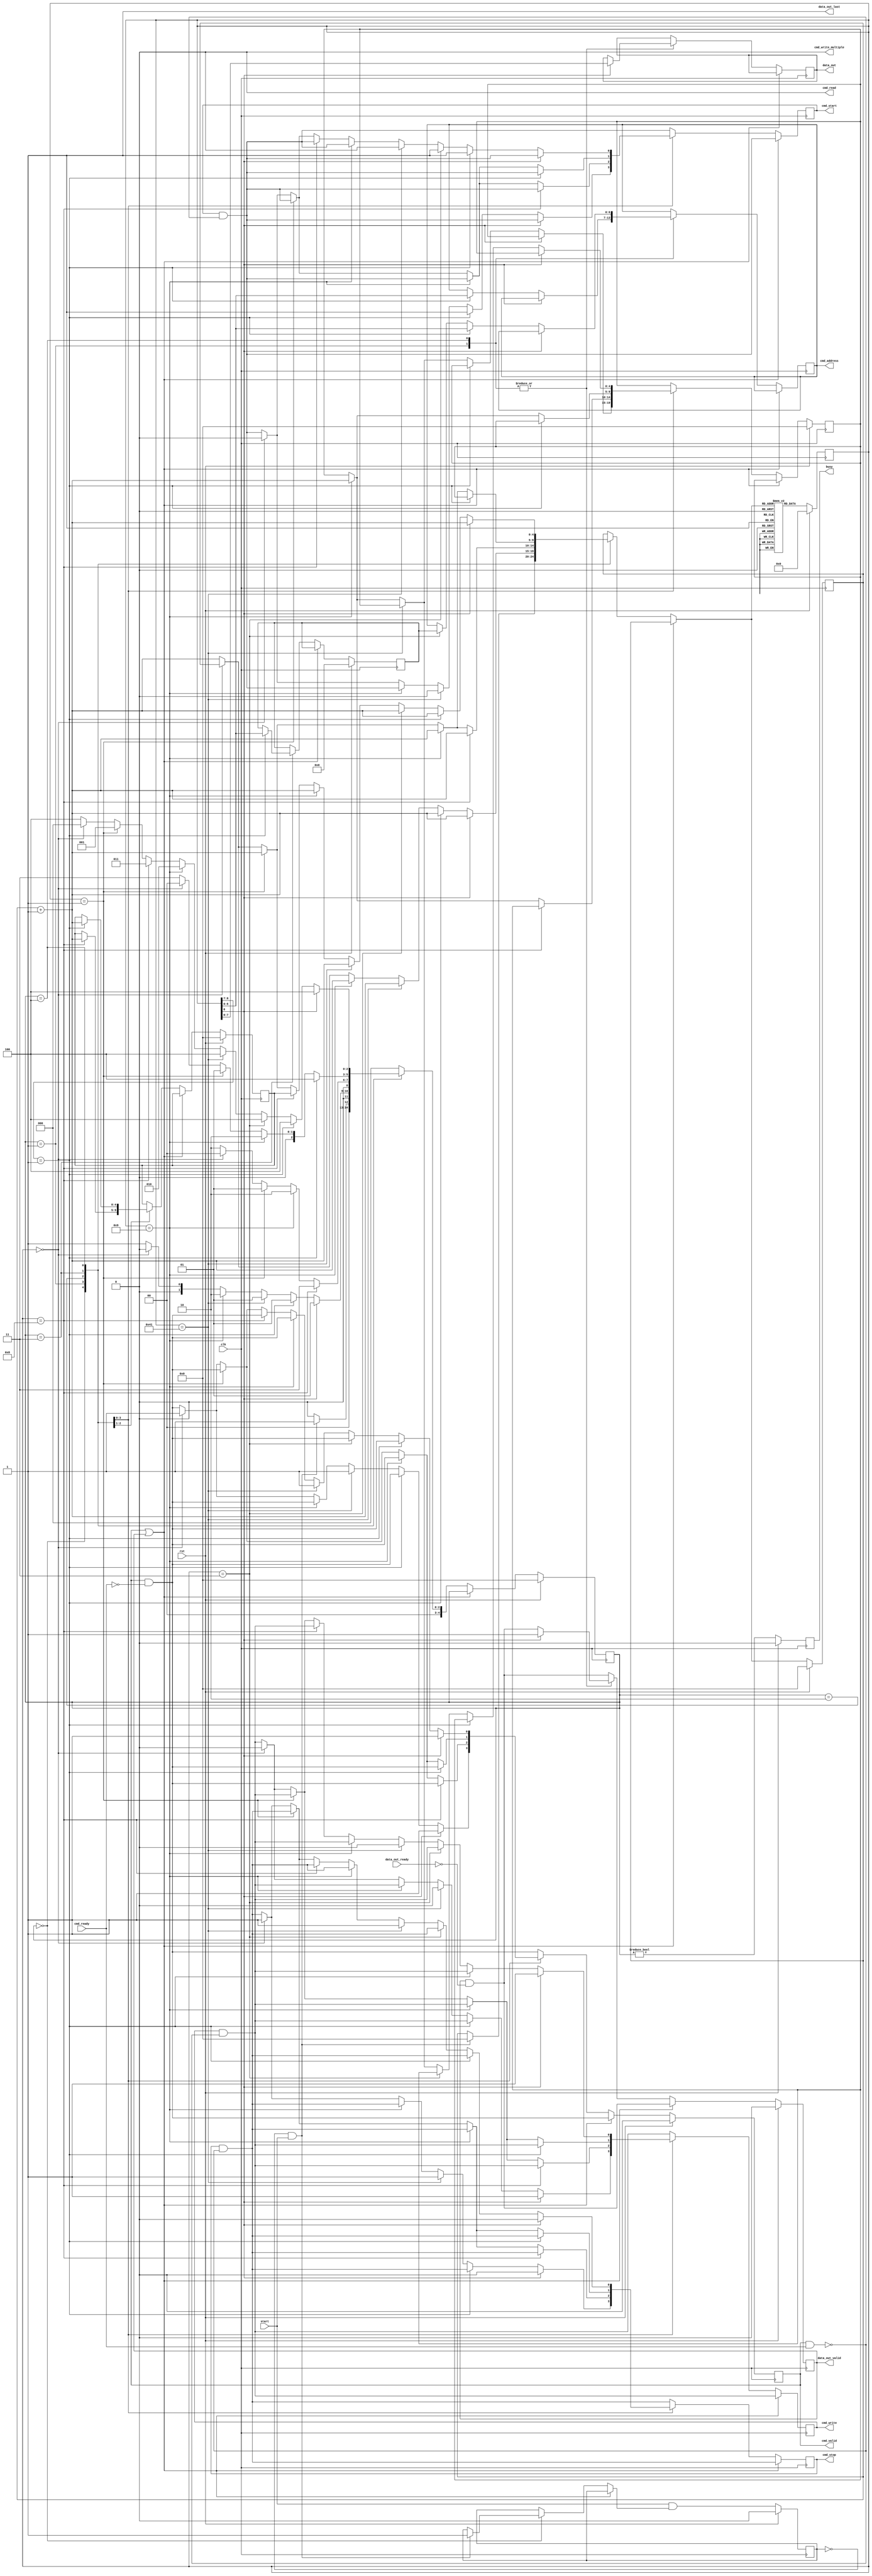
/*

Copyright (c) 2015-2017 Alex Forencich

Permission is hereby granted, free of charge, to any person obtaining a copy
of this software and associated documentation files (the "Software"), to deal
in the Software without restriction, including without limitation the rights
to use, copy, modify, merge, publish, distribute, sublicense, and/or sell
copies of the Software, and to permit persons to whom the Software is
furnished to do so, subject to the following conditions:

The above copyright notice and this permission notice shall be included in
all copies or substantial portions of the Software.

THE SOFTWARE IS PROVIDED "AS IS", WITHOUT WARRANTY OF ANY KIND, EXPRESS OR
IMPLIED, INCLUDING BUT NOT LIMITED TO THE WARRANTIES OF MERCHANTABILITY
FITNESS FOR A PARTICULAR PURPOSE AND NONINFRINGEMENT. IN NO EVENT SHALL THE
AUTHORS OR COPYRIGHT HOLDERS BE LIABLE FOR ANY CLAIM, DAMAGES OR OTHER
LIABILITY, WHETHER IN AN ACTION OF CONTRACT, TORT OR OTHERWISE, ARISING FROM,
OUT OF OR IN CONNECTION WITH THE SOFTWARE OR THE USE OR OTHER DEALINGS IN
THE SOFTWARE.

*/

// Language: Verilog 2001

`timescale 1ns / 1ps

/*
 * I2C init
 */
module i2c_init (
    input  wire        clk,
    input  wire        rst,

    /*
     * I2C master interface
     */
    output wire [6:0]  cmd_address,
    output wire        cmd_start,
    output wire        cmd_read,
    output wire        cmd_write,
    output wire        cmd_write_multiple,
    output wire        cmd_stop,
    output wire        cmd_valid,
    input  wire        cmd_ready,

    output wire [7:0]  data_out,
    output wire        data_out_valid,
    input  wire        data_out_ready,
    output wire        data_out_last,

    /*
     * Status
     */
    output wire        busy,

    /*
     * Configuration
     */
    input  wire        start
);

/*

Generic module for I2C bus initialization.  Good for use when multiple devices
on an I2C bus must be initialized on system start without intervention of a
general-purpose processor.

Copy this file and change init_data and INIT_DATA_LEN as needed.

This module can be used in two modes: simple device initalization, or multiple
device initialization.  In multiple device mode, the same initialization sequence
can be performed on multiple different device addresses.  

To use single device mode, only use the start write to address and write data commands.
The module will generate the I2C commands in sequential order.  Terminate the list
with a 0 entry.  

To use the multiple device mode, use the start data and start address block commands
to set up lists of initialization data and device addresses.  The module enters
multiple device mode upon seeing a start data block command.  The module stores the
offset of the start of the data block and then skips ahead until it reaches a start
address block command.  The module will store the offset to the address block and
read the first address in the block.  Then it will jump back to the data block
and execute it, substituting the stored address for each current address write
command.  Upon reaching the start address block command, the module will read out the
next address and start again at the top of the data block.  If the module encounters
a start data block command while looking for an address, then it will store a new data
offset and then look for a start address block command.  Terminate the list with a 0
entry.  Normal address commands will operate normally inside a data block.

Commands:

00 0000000 : stop
00 0000001 : exit multiple device mode
00 0000011 : start write to current address
00 0001000 : start address block
00 0001001 : start data block
00 1000001 : send I2C stop
01 aaaaaaa : start write to address
1 dddddddd : write 8-bit data

Examples

write 0x11223344 to register 0x0004 on device at 0x50

01 1010000  start write to 0x50
1 00000000  write address 0x0004
1 00000100
1 00010001  write data 0x11223344
1 00100010
1 00110011
1 01000100
0 00000000  stop

write 0x11223344 to register 0x0004 on devices at 0x50, 0x51, 0x52, and 0x53

00 0001001  start data block
00 0000011  start write to current address
1 00000000  write address 0x0004
1 00000100
1 00010001  write data 0x11223344
1 00100010
1 00110011
1 01000100
00 0001000  start address block
01 1010000  address 0x50
01 1010001  address 0x51
01 1010010  address 0x52
01 1010011  address 0x53
00 0000000  stop

*/

// init_data ROM
localparam INIT_DATA_LEN = 22;

reg [8:0] init_data [INIT_DATA_LEN-1:0];

initial begin
    // single address
    init_data[0]  = {2'b01, 7'h50}; // start write to address 0x50
    init_data[1]  = {1'b1, 8'h00}; // write address 0x0004
    init_data[2]  = {1'b1, 8'h04};
    init_data[3]  = {1'b1, 8'h11}; // write data 0x11223344
    init_data[4]  = {1'b1, 8'h22};
    init_data[5]  = {1'b1, 8'h33};
    init_data[6]  = {1'b1, 8'h44};
    // multiple addresses
    init_data[7]  = {2'b00, 7'b0001001}; // start data block
    init_data[8]  = {2'b00, 7'b0000011}; // start write to current address
    init_data[9]  = {1'b1, 8'h00}; // write address 0x0004
    init_data[10] = {1'b1, 8'h04};
    init_data[11] = {1'b1, 8'h11}; // write data 0x11223344
    init_data[12] = {1'b1, 8'h22};
    init_data[13] = {1'b1, 8'h33};
    init_data[14] = {1'b1, 8'h44};
    init_data[15] = {2'b00, 7'b0001000}; // start address block
    init_data[16] = {2'b01, 7'h50}; // start write to address 0x50
    init_data[17] = {2'b01, 7'h51}; // start write to address 0x51
    init_data[18] = {2'b01, 7'h52}; // start write to address 0x52
    init_data[19] = {2'b01, 7'h53}; // start write to address 0x53
    init_data[20] = 9'd1; // exit mode
    init_data[21] = 9'd0; // stop
end

localparam [3:0]
    STATE_IDLE = 3'd0,
    STATE_RUN = 3'd1,
    STATE_TABLE_1 = 3'd2,
    STATE_TABLE_2 = 3'd3,
    STATE_TABLE_3 = 3'd4;

reg [4:0] state_reg = STATE_IDLE, state_next;

parameter AW = $clog2(INIT_DATA_LEN);

reg [8:0] init_data_reg = 9'd0;

reg [AW-1:0] address_reg = {AW{1'b0}}, address_next;
reg [AW-1:0] address_ptr_reg = {AW{1'b0}}, address_ptr_next;
reg [AW-1:0] data_ptr_reg = {AW{1'b0}}, data_ptr_next;

reg [6:0] cur_address_reg = 7'd0, cur_address_next;

reg [6:0] cmd_address_reg = 7'd0, cmd_address_next;
reg cmd_start_reg = 1'b0, cmd_start_next;
reg cmd_write_reg = 1'b0, cmd_write_next;
reg cmd_stop_reg = 1'b0, cmd_stop_next;
reg cmd_valid_reg = 1'b0, cmd_valid_next;

reg [7:0] data_out_reg = 8'd0, data_out_next;
reg data_out_valid_reg = 1'b0, data_out_valid_next;

reg start_flag_reg = 1'b0, start_flag_next;

reg busy_reg = 1'b0;

assign cmd_address = cmd_address_reg;
assign cmd_start = cmd_start_reg;
assign cmd_read = 1'b0;
assign cmd_write = cmd_write_reg;
assign cmd_write_multiple = 1'b0;
assign cmd_stop = cmd_stop_reg;
assign cmd_valid = cmd_valid_reg;

assign data_out = data_out_reg;
assign data_out_valid = data_out_valid_reg;
assign data_out_last = 1'b1;

assign busy = busy_reg;

always @* begin
    state_next = STATE_IDLE;

    address_next = address_reg;
    address_ptr_next = address_ptr_reg;
    data_ptr_next = data_ptr_reg;

    cur_address_next = cur_address_reg;

    cmd_address_next = cmd_address_reg;
    cmd_start_next = cmd_start_reg & ~(cmd_valid & cmd_ready);
    cmd_write_next = cmd_write_reg & ~(cmd_valid & cmd_ready);
    cmd_stop_next = cmd_stop_reg & ~(cmd_valid & cmd_ready);
    cmd_valid_next = cmd_valid_reg & ~cmd_ready;

    data_out_next = data_out_reg;
    data_out_valid_next = data_out_valid_reg & ~data_out_ready;

    start_flag_next = start_flag_reg;

    if (cmd_valid | data_out_valid) begin
        // wait for output registers to clear
        state_next = state_reg;
    end else begin
        case (state_reg)
            STATE_IDLE: begin
                // wait for start signal
                if (~start_flag_reg & start) begin
                    address_next = {AW{1'b0}};
                    start_flag_next = 1'b1;
                    state_next = STATE_RUN;
                end else begin
                    state_next = STATE_IDLE;
                end
            end
            STATE_RUN: begin
                // process commands
                if (init_data_reg[8] == 1'b1) begin
                    // write data
                    cmd_write_next = 1'b1;
                    cmd_stop_next = 1'b0;
                    cmd_valid_next = 1'b1;

                    data_out_next = init_data_reg[7:0];
                    data_out_valid_next = 1'b1;
                    
                    address_next = address_reg + 1;
                    
                    state_next = STATE_RUN;
                end else if (init_data_reg[8:7] == 2'b01) begin
                    // write address
                    cmd_address_next = init_data_reg[6:0];
                    cmd_start_next = 1'b1;

                    address_next = address_reg + 1;
                    
                    state_next = STATE_RUN;
                end else if (init_data_reg == 9'b001000001) begin
                    // send stop
                    cmd_write_next = 1'b0;
                    cmd_start_next = 1'b0;
                    cmd_stop_next = 1'b1;
                    cmd_valid_next = 1'b1;

                    address_next = address_reg + 1;

                    state_next = STATE_RUN;
                end else if (init_data_reg == 9'b000001001) begin
                    // data table start
                    data_ptr_next = address_reg + 1;
                    address_next = address_reg + 1;
                    state_next = STATE_TABLE_1;
                end else if (init_data_reg == 9'd0) begin
                    // stop
                    cmd_start_next = 1'b0;
                    cmd_write_next = 1'b0;
                    cmd_stop_next = 1'b1;
                    cmd_valid_next = 1'b1;

                    state_next = STATE_IDLE;
                end else begin
                    // invalid command, skip
                    address_next = address_reg + 1;
                    state_next = STATE_RUN;
                end
            end
            STATE_TABLE_1: begin
                // find address table start
                if (init_data_reg == 9'b000001000) begin
                    // address table start
                    address_ptr_next = address_reg + 1;
                    address_next = address_reg + 1;
                    state_next = STATE_TABLE_2;
                end else if (init_data_reg == 9'b000001001) begin
                    // data table start
                    data_ptr_next = address_reg + 1;
                    address_next = address_reg + 1;
                    state_next = STATE_TABLE_1;
                end else if (init_data_reg == 1) begin
                    // exit mode
                    address_next = address_reg + 1;
                    state_next = STATE_RUN;
                end else if (init_data_reg == 9'd0) begin
                    // stop
                    cmd_start_next = 1'b0;
                    cmd_write_next = 1'b0;
                    cmd_stop_next = 1'b1;
                    cmd_valid_next = 1'b1;

                    state_next = STATE_IDLE;
                end else begin
                    // invalid command, skip
                    address_next = address_reg + 1;
                    state_next = STATE_TABLE_1;
                end
            end
            STATE_TABLE_2: begin
                // find next address
                if (init_data_reg[8:7] == 2'b01) begin
                    // write address command
                    // store address and move to data table
                    cur_address_next = init_data_reg[6:0];
                    address_ptr_next = address_reg + 1;
                    address_next = data_ptr_reg;
                    state_next = STATE_TABLE_3;
                end else if (init_data_reg == 9'b000001001) begin
                    // data table start
                    data_ptr_next = address_reg + 1;
                    address_next = address_reg + 1;
                    state_next = STATE_TABLE_1;
                end else if (init_data_reg == 9'd1) begin
                    // exit mode
                    address_next = address_reg + 1;
                    state_next = STATE_RUN;
                end else if (init_data_reg == 9'd0) begin
                    // stop
                    cmd_start_next = 1'b0;
                    cmd_write_next = 1'b0;
                    cmd_stop_next = 1'b1;
                    cmd_valid_next = 1'b1;

                    state_next = STATE_IDLE;
                end else begin
                    // invalid command, skip
                    address_next = address_reg + 1;
                    state_next = STATE_TABLE_2;
                end
            end
            STATE_TABLE_3: begin
                // process data table with selected address
                if (init_data_reg[8] == 1'b1) begin
                    // write data
                    cmd_write_next = 1'b1;
                    cmd_stop_next = 1'b0;
                    cmd_valid_next = 1'b1;

                    data_out_next = init_data_reg[7:0];
                    data_out_valid_next = 1'b1;

                    address_next = address_reg + 1;

                    state_next = STATE_TABLE_3;
                end else if (init_data_reg[8:7] == 2'b01) begin
                    // write address
                    cmd_address_next = init_data_reg[6:0];
                    cmd_start_next = 1'b1;

                    address_next = address_reg + 1;

                    state_next = STATE_TABLE_3;
                end else if (init_data_reg == 9'b000000011) begin
                    // write current address
                    cmd_address_next = cur_address_reg;
                    cmd_start_next = 1'b1;

                    address_next = address_reg + 1;

                    state_next = STATE_TABLE_3;
                end else if (init_data_reg == 9'b001000001) begin
                    // send stop
                    cmd_write_next = 1'b0;
                    cmd_start_next = 1'b0;
                    cmd_stop_next = 1'b1;
                    cmd_valid_next = 1'b1;

                    address_next = address_reg + 1;

                    state_next = STATE_TABLE_3;
                end else if (init_data_reg == 9'b000001001) begin
                    // data table start
                    data_ptr_next = address_reg + 1;
                    address_next = address_reg + 1;
                    state_next = STATE_TABLE_1;
                end else if (init_data_reg == 9'b000001000) begin
                    // address table start
                    address_next = address_ptr_reg;
                    state_next = STATE_TABLE_2;
                end else if (init_data_reg == 9'd1) begin
                    // exit mode
                    address_next = address_reg + 1;
                    state_next = STATE_RUN;
                end else if (init_data_reg == 9'd0) begin
                    // stop
                    cmd_start_next = 1'b0;
                    cmd_write_next = 1'b0;
                    cmd_stop_next = 1'b1;
                    cmd_valid_next = 1'b1;

                    state_next = STATE_IDLE;
                end else begin
                    // invalid command, skip
                    address_next = address_reg + 1;
                    state_next = STATE_TABLE_3;
                end
            end
        endcase
    end
end

always @(posedge clk) begin
    if (rst) begin
        state_reg <= STATE_IDLE;

        init_data_reg <= 9'd0;

        address_reg <= {AW{1'b0}};
        address_ptr_reg <= {AW{1'b0}};
        data_ptr_reg <= {AW{1'b0}};

        cur_address_reg <= 7'd0;

        cmd_valid_reg <= 1'b0;

        data_out_valid_reg <= 1'b0;

        start_flag_reg <= 1'b0;

        busy_reg <= 1'b0;
    end else begin
        state_reg <= state_next;

        // read init_data ROM
        init_data_reg <= init_data[address_next];

        address_reg <= address_next;
        address_ptr_reg <= address_ptr_next;
        data_ptr_reg <= data_ptr_next;

        cur_address_reg <= cur_address_next;

        cmd_valid_reg <= cmd_valid_next;

        data_out_valid_reg <= data_out_valid_next;

        start_flag_reg <= start & start_flag_next;

        busy_reg <= (state_reg != STATE_IDLE);
    end

    cmd_address_reg <= cmd_address_next;
    cmd_start_reg <= cmd_start_next;
    cmd_write_reg <= cmd_write_next;
    cmd_stop_reg <= cmd_stop_next;

    data_out_reg <= data_out_next;
end

endmodule